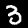
Label: 3